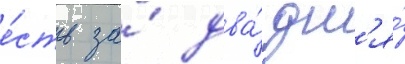
е́сть за́ два́ дн'я́